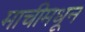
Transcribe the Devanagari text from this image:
माचीमधून